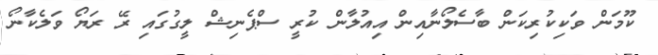
ކޫމަން ވަކިކުރިކަން ބާސެލޯނާއިން އިއުލާން ކުރީ ސްޕެނިޝް ލީގުގައި ރޭ ރަޔޯ ވަލެކާނޯ